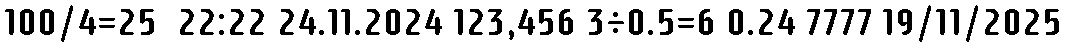
100/4=25  22:22 24.11.2024 123,456 3÷0.5=6 0.24 7777 19/11/2025